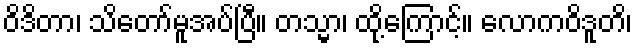
ဝိဒိတာ၊ သိတော်မူအပ်ပြီ။ တသ္မာ၊ ထို့ကြောင့်။ လောကဝိဒူတိ၊